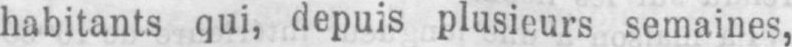
habitants qui, depuis plusieurs semaines,